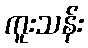
ကူးသန်း